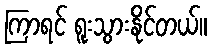
ကြာရင် ရူးသွားနိုင်တယ်။